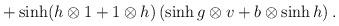
LaTeX: \begin{align*}+\sinh(h\otimes 1+1\otimes h)\,(\sinh g\otimes v+b\otimes \sinh h)\,.\end{align*}